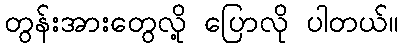
တွန်းအားတွေလို့ ပြောလို ပါတယ်။